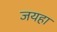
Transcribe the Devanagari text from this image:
जयहा